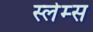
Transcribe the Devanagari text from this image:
स्लेम्स